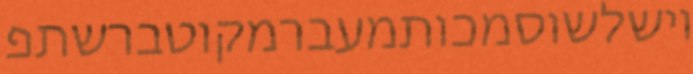
וישלשוסמכותמעברמקוטברשתפ